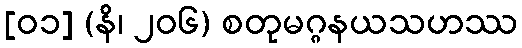
[၀၁] (နိ၊ ၂၀၆) စတုမဂ္ဂနယသဟဿ